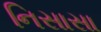
નિસાસા